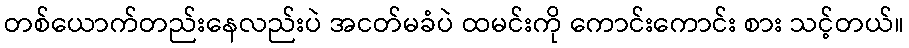
တစ်ယောက်တည်းနေလည်းပဲ အငတ်မခံပဲ ထမင်းကို ကောင်းကောင်း စား သင့်တယ်။